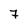
Character: 7